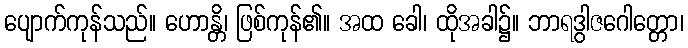
ပျောက်ကုန်သည်။ ဟောန္တိ၊ ဖြစ်ကုန်၏။ အထ ခေါ၊ ထိုအခါ၌။ ဘာရဒွါဇဂေါတ္တော၊